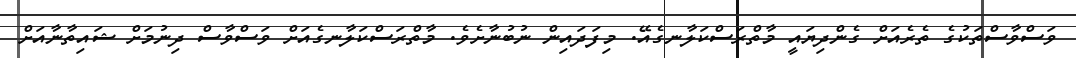
ވަސްވާސްތަކުގެ ތެރެއަށް ގެންދިޔައީ މާތްރަސްކަލާނގެއޭ. މިފަދައިން ނުބުނާށެވެ. މާތްރަސްކަލާނގެއަށް ވަސްވާސް ދިނުމަށް ޝައިތާނާއަށް